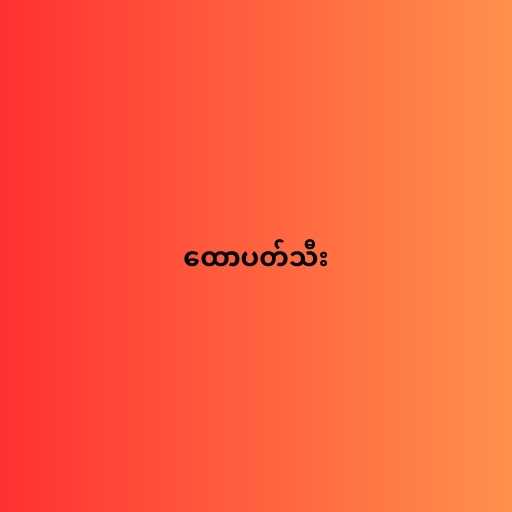
ထောပတ်သီး